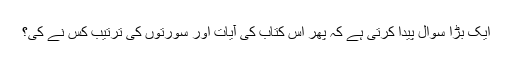
ایک بڑا سوال پیدا کرتی ہے کہ پھر اس کتاب کی آیات اور سورتوں کی ترتیب کس نے کی؟